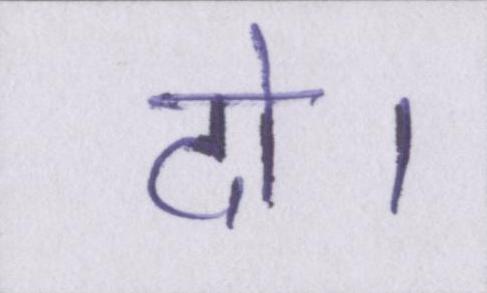
दो।